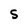
Character: S